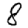
Digit: 8